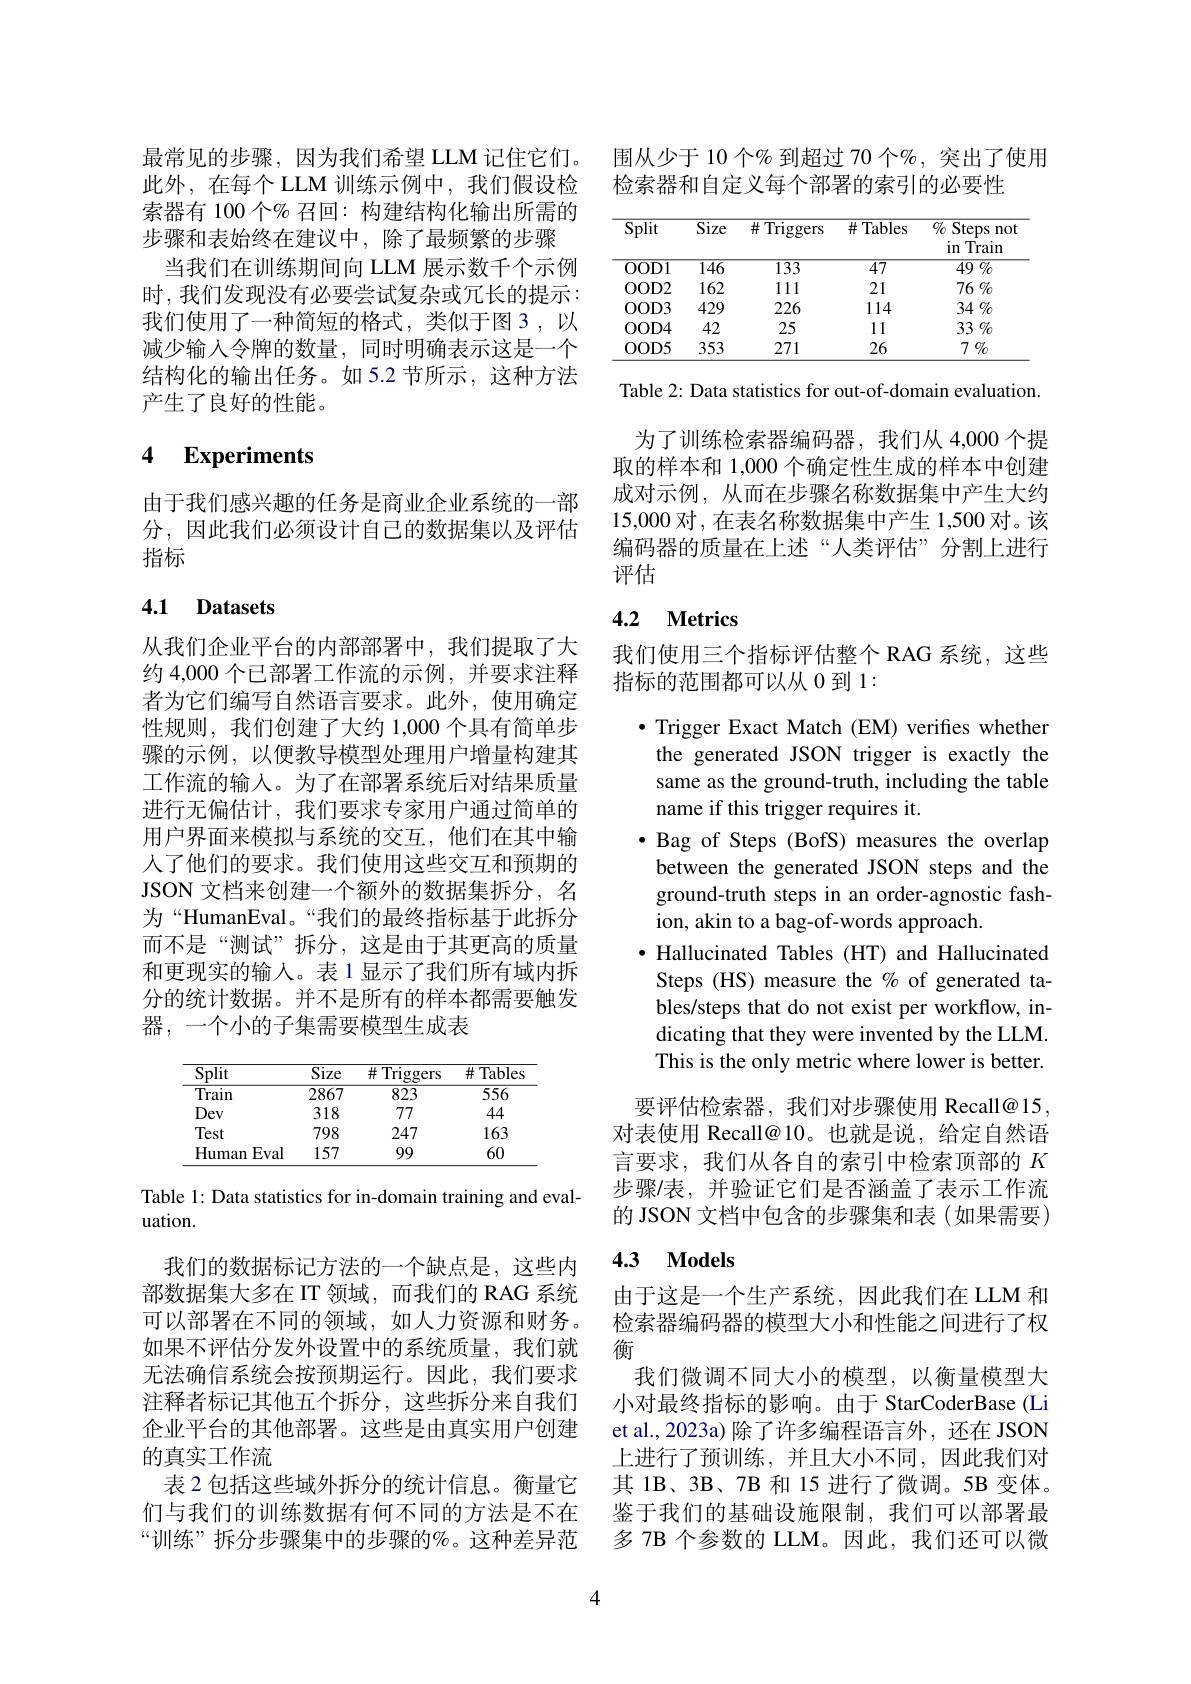
最常见的步骤，因为我们希望 LLM 记住它们。此外，在每个 LLM 训练示例中，我们假设检索器有 100 个% 召回：构建结构化输出所需的步骤和表始终在建议中，除了最频繁的步骤
当我们在训练期间向 LLM 展示数千个示例时，我们发现没有必要尝试复杂或冗长的提示： 我们使用了一种简短的格式，类似于图 3,以减少输入令牌的数量，同时明确表示这是一个结构化的输出任务。如 5.2 节所示，这种方法产生了良好的性能。

## 4 Experiments

由于我们感兴趣的任务是商业企业系统的一部分，因此我们必须设计自己的数据集以及评估指标

### 4.1 Datasets

从我们企业平台的内部部署中，我们提取了大约 4,000 个已部署工作流的示例，并要求注释者为它们编写自然语言要求。此外，使用确定性规则，我们创建了大约 1,000 个具有简单步骤的示例，以便教导模型处理用户增量构建其工作流的输入。为了在部署系统后对结果质量进行无偏估计，我们要求专家用户通过简单的用户界面来模拟与系统的交互，他们在其中输人了他们的要求。我们使用这些交互和预期的JSON 文档来创建一个额外的数据集拆分，名为“HumanEval。“我们的最终指标基于此拆分而不是“测试”拆分，这是由于其更高的质量和更现实的输入。表 1 显示了我们所有域内拆分的统计数据。并不是所有的样本都需要触发器，一个小的子集需要模型生成表

<table>
	<tbody>
		<tr>
			<th>Split</th>
			<th>$\overline{\mathrm{Size}}$</th>
			<th>$\#^{\prime}.$ $\operatorname{Triggers}$</th>
			<th>$\#$Tables</th>
		</tr>
		<tr>
			<td>Train</td>
			<td>2867</td>
			<td>823</td>
			<td>556</td>
		</tr>
		<tr>
			<td>Dev</td>
			<td>318</td>
			<td>777</td>
			<td>44</td>
		</tr>
		<tr>
			<td>Test</td>
			<td>798</td>
			<td>247</td>
			<td>163</td>
		</tr>
		<tr>
			<td>${\mathrm{Human}}$ Eval</td>
			<td>157</td>
			<td>99</td>
			<td>60</td>
		</tr>
	</tbody>
</table>

Table 1: Data statistics for in-domain training and eval-
uation.

我们的数据标记方法的一个缺点是，这些内部数据集大多在 IT 领域，而我们的 RAG 系统可以部署在不同的领域，如人力资源和财务。如果不评估分发外设置中的系统质量，我们就无法确信系统会按预期运行。因此，我们要求注释者标记其他五个拆分，这些拆分来自我们企业平台的其他部署。这些是由真实用户创建的真实工作流
表 2 包括这些域外拆分的统计信息。衡量它们与我们的训练数据有何不同的方法是不在“训练”拆分步骤集中的步骤的%。这种差异范

围从少于 10 个% 到超过 70 个%,突出了使用
检索器和自定义每个部署的索引的必要性

<table>
	<tbody>
		<tr>
			<th>$\overline{\mathrm{Split}}$</th>
			<th>$\overline{\mathrm{Size}}$</th>
			<th>${\#\mathrm{Triggers}}$</th>
			<th>$\#$ Tables</th>
			<th>${\overline{{O_{0}}}}$ Steps s not in Train</th>
		</tr>
		<tr>
			<td>OOD1</td>
			<td>146</td>
			<td>$\overline{133}$</td>
			<td>$\overline{47}$</td>
			<td>$49\%$</td>
		</tr>
		<tr>
			<td>OOD2</td>
			<td>162</td>
			<td>111</td>
			<td>21</td>
			<td>$76\%$</td>
		</tr>
		<tr>
			<td>OOD3</td>
			<td>429</td>
			<td>226</td>
			<td>114</td>
			<td>$34\%$</td>
		</tr>
		<tr>
			<td>OOD4</td>
			<td>42</td>
			<td>25</td>
			<td>11</td>
			<td>33 $\%$</td>
		</tr>
		<tr>
			<td>OOD5</td>
			<td>353</td>
			<td>271</td>
			<td>26</td>
			<td>$7\%$</td>
		</tr>
	</tbody>
</table>

Table 2: Data statistics for out-of-domain evaluation.

为了训练检索器编码器，我们从 4,000 个提取的样本和 1,000 个确定性生成的样本中创建成对示例，从而在步骤名称数据集中产生大约15,000 对，在表名称数据集中产生 1,500 对。该编码器的质量在上述“人类评估”分割上进行评估

### 4.2 $\textbf{Metrics}$

我们使用三个指标评估整个 RAG 系统，这些
指标的范围都可以从 0 到 1:

$\bullet$ Trigger Exact Match (EM) verifies whether the generated JSON trigger is exactly the same as the ground-truth, including the table name if this trigger requires it.
$\bullet$ Bag of Steps (BofS) measures the overlap between the generated JSON steps and the ground-truth steps in an order-agnostic fashion, akin to a bag-of-words approach.
·Hallucinated Tables (HT) and Hallucinated Steps (HS) measure the % of generated tables/steps that do not exist per workflow, indicating that they were invented by the LLM. This is the only metric where lower is better.

要评估检索器，我们对步骤使用 Recall@15, 对表使用 Recall@ 10。也就是说，给定自然语言要求，我们从各自的索引中检索顶部的$K$ 步骤/表，并验证它们是否涵盖了表示工作流的 JSON 文档中包含的步骤集和表(如果需要)

## 4.3 $\mathbf{Models}$

由于这是一个生产系统，因此我们在 LLM 和检索器编码器的模型大小和性能之间进行了权衡
我们微调不同大小的模型，以衡量模型大小对最终指标的影响。由于 StarCoderBase(Li et al., 2023a) 除了许多编程语言外，还在 JSON 上进行了预训练，并且大小不同，因此我们对其 1B、3B、7B 和 15 进行了微调。5B 变体。鉴于我们的基础设施限制，我们可以部署最多 7B 个参数的 LLM。因此，我们还可以微

4